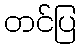
တင်ပြ